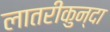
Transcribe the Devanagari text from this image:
लातरीकुन्दा